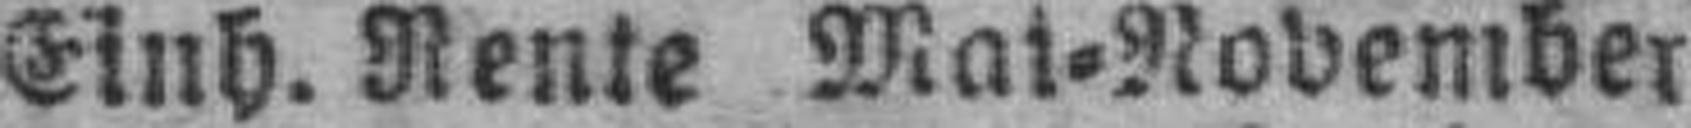
Einh. Rente Mai=November